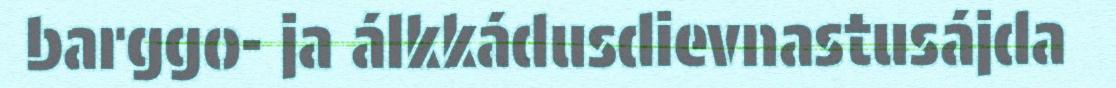
barggo- ja álkkádusdievnastusájda